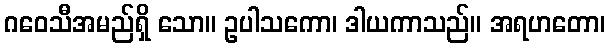
ဂဝေသီအမည်ရှိ သော။ ဥပါသကော၊ ဒါယကာသည်။ အရဟတော၊